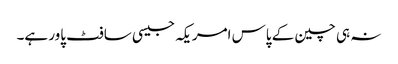
نہ ہی چین کے پاس امریکہ جیسی سافٹ پاور ہے۔